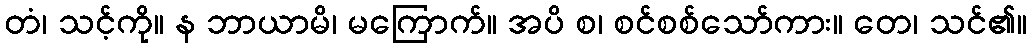
တံ၊ သင့်ကို။ န ဘာယာမိ၊ မကြောက်။ အပိ စ၊ စင်စစ်သော်ကား။ တေ၊ သင်၏။